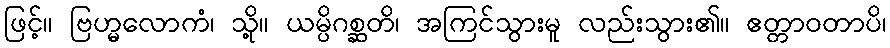
ဖြင့်။ ဗြဟ္မလောကံ၊ သို့။ ယမ္ပိဂစ္ဆတိ၊ အကြင်သွားမူ လည်းသွား၏။ ဧတ္တာဝတာပိ၊